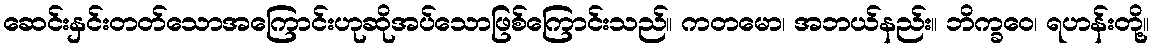
ဆေင်းနှင်းတတ်သောအကြောင်းဟုဆိုအပ်သောဖြစ်ကြောင်းသည်။ ကတမော၊ အဘယ်နည်း။ ဘိက္ခဝေ၊ ရဟန်းတို့။